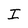
Character: I